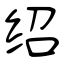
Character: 绍